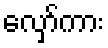
လှော်ကား